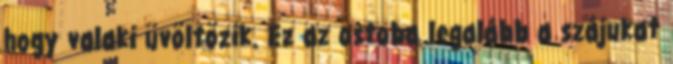
hogy valaki üvöltözik. Ez az ostoba legalább a szájukat